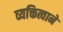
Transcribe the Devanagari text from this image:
व्यक्तित्वाने